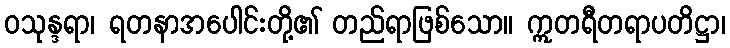
ဝသုန္ဒရာ၊ ရတနာအပေါင်းတို့၏ တည်ရာဖြစ်သော။ ဣတရီတရာပတိဋ္ဌာ၊